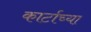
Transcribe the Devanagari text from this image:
कार्टाच्या